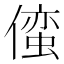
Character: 𫣢